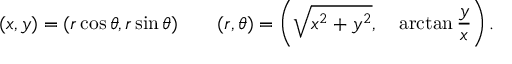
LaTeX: ( x , y ) = ( r \cos \theta , r \sin \theta ) \qquad ( r , \theta ) = \left( { \sqrt { x ^ { 2 } + y ^ { 2 } } } , \quad \arctan { \frac { y } { x } } \right) .